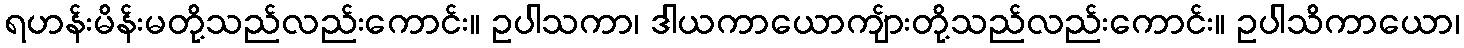
ရဟန်းမိန်းမတို့သည်လည်းကောင်း။ ဥပါသကာ၊ ဒါယကာယောကျ်ားတို့သည်လည်းကောင်း။ ဥပါသိကာယော၊